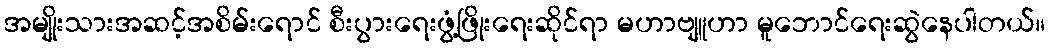
အမျိုးသားအဆင့်အစိမ်းရောင် စီးပွားရေးဖွံ့ဖြိုးရေးဆိုင်ရာ မဟာဗျူဟာ မူဘောင်ရေးဆွဲနေပါတယ်။